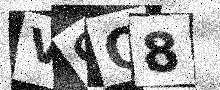
Text: VGQ8